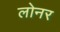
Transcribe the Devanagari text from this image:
लोनर